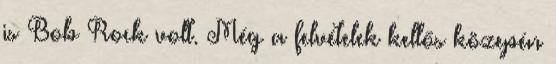
is Bob Rock volt. Még a felvételek kellős közepén